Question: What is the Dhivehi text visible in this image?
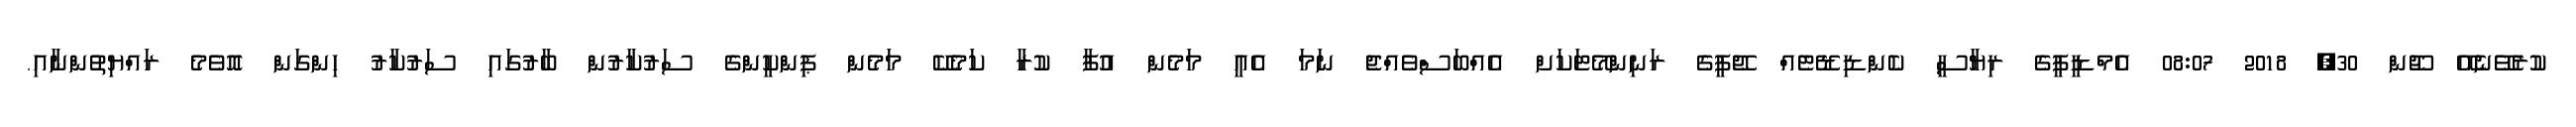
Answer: ކުރެވޭނެއޭ ޖޫން 30, 2018 08:07 އެމްޑީޕީގެ ރިޔާސީ ކެންޑިޑޭޓެއް ޖޭޕީގެ ރަނިންމޭޓަކަށް އެއްބަސްވެއްޖެ ނަމަ އެއީ މަމެން އުފާ ކުރާ ކަމެކޭ މަމެން ޕިންކީންގެ ސަރުކާރުން ބާރުގައި ސަރުކާރު ހިންގަން އޮވެމެ ރައްޔިތުންނާއި.